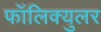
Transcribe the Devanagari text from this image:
फॉलिक्युलर